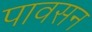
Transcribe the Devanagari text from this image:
पावसन